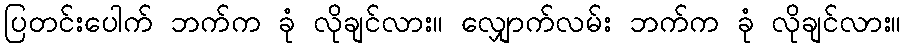
ပြတင်းပေါက် ဘက်က ခုံ လိုချင်လား။ လျှောက်လမ်း ဘက်က ခုံ လိုချင်လား။